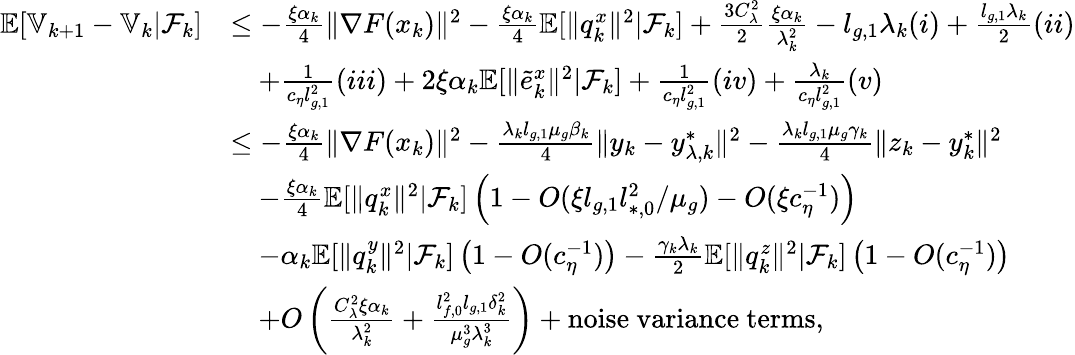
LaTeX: \begin{array}{rl}{\mathbb{E}[\mathbb{V}_{k+1}-\mathbb{V}_{k}|\mathcal{F}_{k}]}&{\le-\frac{\xi\alpha_{k}}{4}\| \nabla F(x_{k})\| ^{2}-\frac{\xi\alpha_{k}}{4}\mathbb{E}[\| q_{k}^{x}\| ^{2}|\mathcal{F}_{k}]+\frac{3C_{\lambda}^{2}}{2}\frac{\xi\alpha_{k}}{\lambda_{k}^{2}}-l_{g,1}\lambda_{k}(i)+\frac{l_{g,1}\lambda_{k}}{2}(ii)}\\ &{\quad+\frac{1}{c_{\eta}l_{g,1}^{2}}(iii)+2\xi\alpha_{k}\mathbb{E}[\| \tilde{e}_{k}^{x}\| ^{2}|\mathcal{F}_{k}]+\frac{1}{c_{\eta}l_{g,1}^{2}}(iv)+\frac{\lambda_{k}}{c_{\eta}l_{g,1}^{2}}(v)}\\ &{\le-\frac{\xi\alpha_{k}}{4}\| \nabla F(x_{k})\| ^{2}-\frac{\lambda_{k}l_{g,1}\mu_{g}\beta_{k}}{4}\| y_{k}-y_{\lambda,k}^{*}\| ^{2}-\frac{\lambda_{k}l_{g,1}\mu_{g}\gamma_{k}}{4}\| z_{k}-y_{k}^{*}\| ^{2}}\\ &{\quad-\frac{\xi\alpha_{k}}{4}\mathbb{E}[\| q_{k}^{x}\| ^{2}|\mathcal{F}_{k}]\left(1-O(\xi l_{g,1}l_{*,0}^{2}/\mu_{g})-O(\xi c_{\eta}^{-1})\right)}\\ &{\quad-\alpha_{k}\mathbb{E}[\| q_{k}^{y}\| ^{2}|\mathcal{F}_{k}]\left(1-O(c_{\eta}^{-1})\right)-\frac{\gamma_{k}\lambda_{k}}{2}\mathbb{E}[\| q_{k}^{z}\| ^{2}|\mathcal{F}_{k}]\left(1-O(c_{\eta}^{-1})\right)}\\ &{\quad+O\left(\frac{C_{\lambda}^{2}\xi\alpha_{k}}{\lambda_{k}^{2}}+\frac{l_{f,0}^{2}l_{g,1}\delta_{k}^{2}}{\mu_{g}^{3}\lambda_{k}^{3}}\right)+\mathrm{noise~variance~terms},}\end{array}